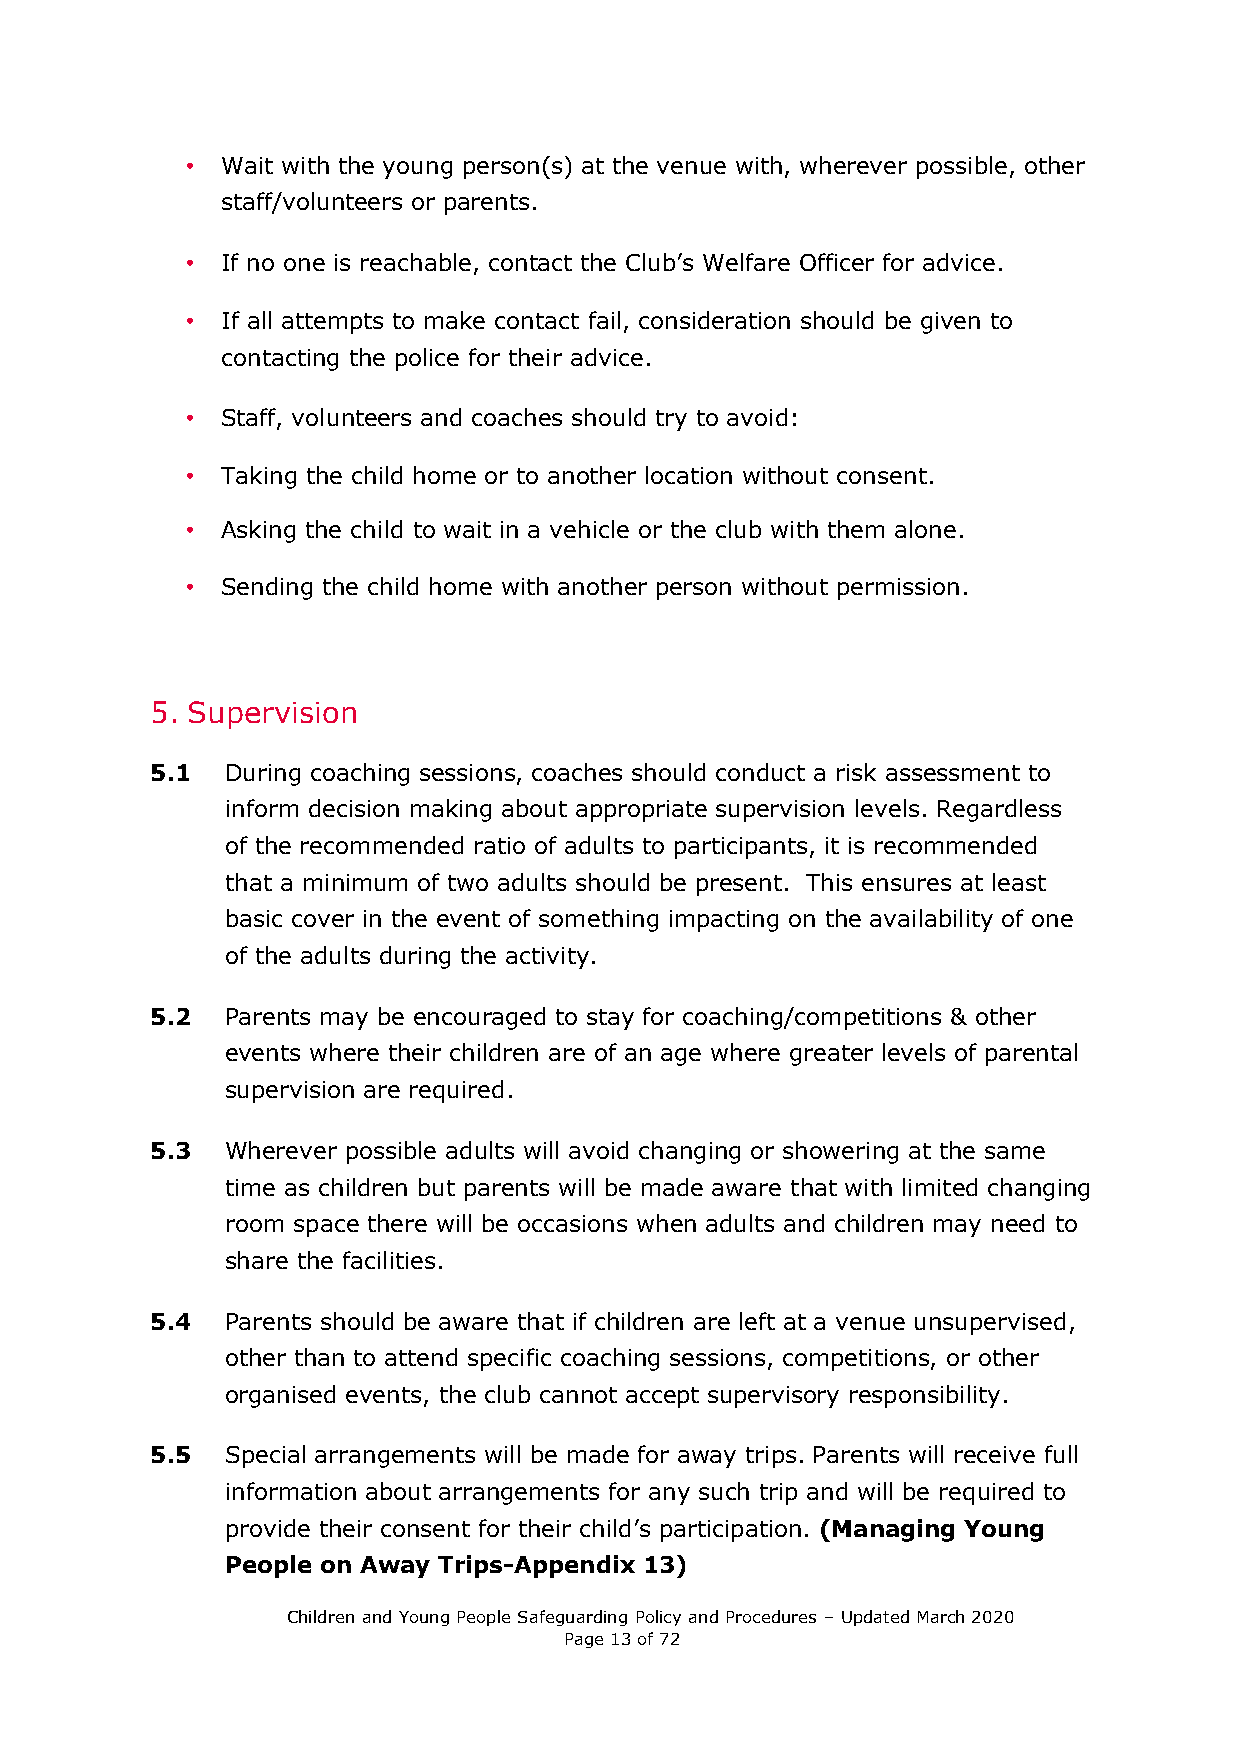
•  Wait with the young person(s) at the venue with, wherever possible, other
 staff/volunteers or parents.
 •  If no one is reachable, contact the Club’s Welfare Officer for advice.
 •  If all attempts to make contact fail, consideration should be given to
 contacting the police for their advice.
 •  Staff, volunteers and coaches should try to avoid:
 •  Taking the child home or to another location without consent.
 •  Asking the child to wait in a vehicle or the club with them alone.
 •  Sending the child home with another person without permission.
 5. Supervision
 5.1  During coaching sessions, coaches should conduct a risk assessment to
 inform decision making about appropriate supervision levels. Regardless
 of the recommended ratio of adults to participants, it is recommended
 that a minimum of two adults should be present. This ensures at least
 basic cover in the event of something impacting on the availability of one
 of the adults during the activity.
 5.2  Parents may be encouraged to stay for coaching/competitions & other
 events where their children are of an age where greater levels of parental
 supervision are required.
 5.3  Wherever possible adults will avoid changing or showering at the same
 time as children but parents will be made aware that with limited changing
 room space there will be occasions when adults and children may need to
 share the facilities.
 5.4  Parents should be aware that if children are left at a venue unsupervised,
 other than to attend specific coaching sessions, competitions, or other
 organised events, the club cannot accept supervisory responsibility.
 5.5  Special arrangements will be made for away trips. Parents will receive full
 information about arrangements for any such trip and will be required to
 provide their consent for their child’s participation. (Managing Young
 People on Away Trips-Appendix 13)
 Children and Young People Safeguarding Policy and Procedures – Updated March 2020
 Page 13 of 72